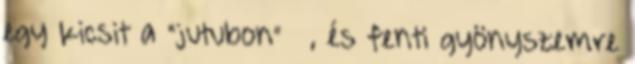
egy kicsit a “jutubon” 🙂 , és fenti gyönyszemre